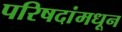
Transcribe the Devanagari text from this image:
परिषदांमधून